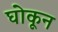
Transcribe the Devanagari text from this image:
घोकून